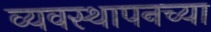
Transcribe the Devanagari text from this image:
व्यवस्थापनच्या